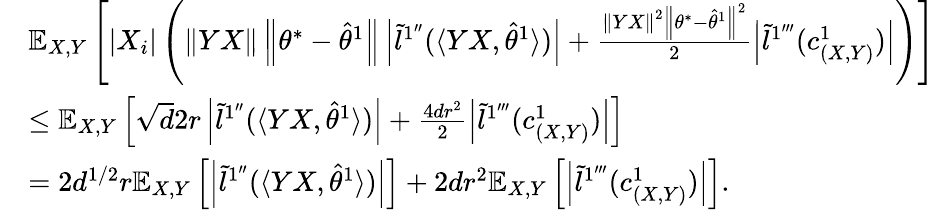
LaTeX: \begin{array}{rl}&{\mathbb{E}_{X,Y}\left[\left|X_{i}\right|\left(\left\| YX\right\| \left\| \theta^{*}-\hat{\theta}^{1}\right\| \left|\tilde{l}^{1^{\prime\prime}}(\langle YX,\hat{\theta}^{1}\rangle)\right|+\frac{\left\| YX\right\| ^{2}\left\| \theta^{*}-\hat{\theta}^{1}\right\| ^{2}}{2}\left|\tilde{l}^{1^{\prime\prime\prime}}(c_{(X,Y)}^{1})\right|\right)\right]}\\ &{\leq\mathbb{E}_{X,Y}\left[\sqrt{d}2r\left|\tilde{l}^{1^{\prime\prime}}(\langle YX,\hat{\theta}^{1}\rangle)\right|+\frac{4dr^{2}}{2}\left|\tilde{l}^{1^{\prime\prime\prime}}(c_{(X,Y)}^{1})\right|\right]}\\ &{=2d^{1/2}r\mathbb{E}_{X,Y}\left[\left|\tilde{l}^{1^{\prime\prime}}(\langle YX,\hat{\theta}^{1}\rangle)\right|\right]+2dr^{2}\mathbb{E}_{X,Y}\left[\left|\tilde{l}^{1^{\prime\prime\prime}}(c_{(X,Y)}^{1})\right|\right].}\end{array}